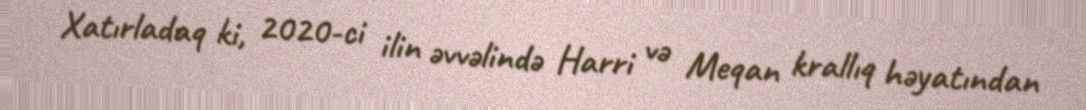
Xatırladaq ki, 2020-ci ilin əvvəlində Harri və Meqan krallıq həyatından